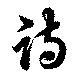
跱